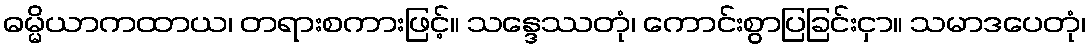
ဓမ္မိယာကထာယ၊ တရားစကားဖြင့်။ သန္ဒေဿတုံ၊ ကောင်းစွာပြခြင်းငှာ။ သမာဒပေတုံ၊